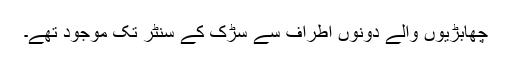
چھابڑیوں والے دونوں اطراف سے سڑک کے سنٹر تک موجود تھے۔